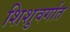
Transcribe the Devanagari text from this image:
शिशुवर्गात